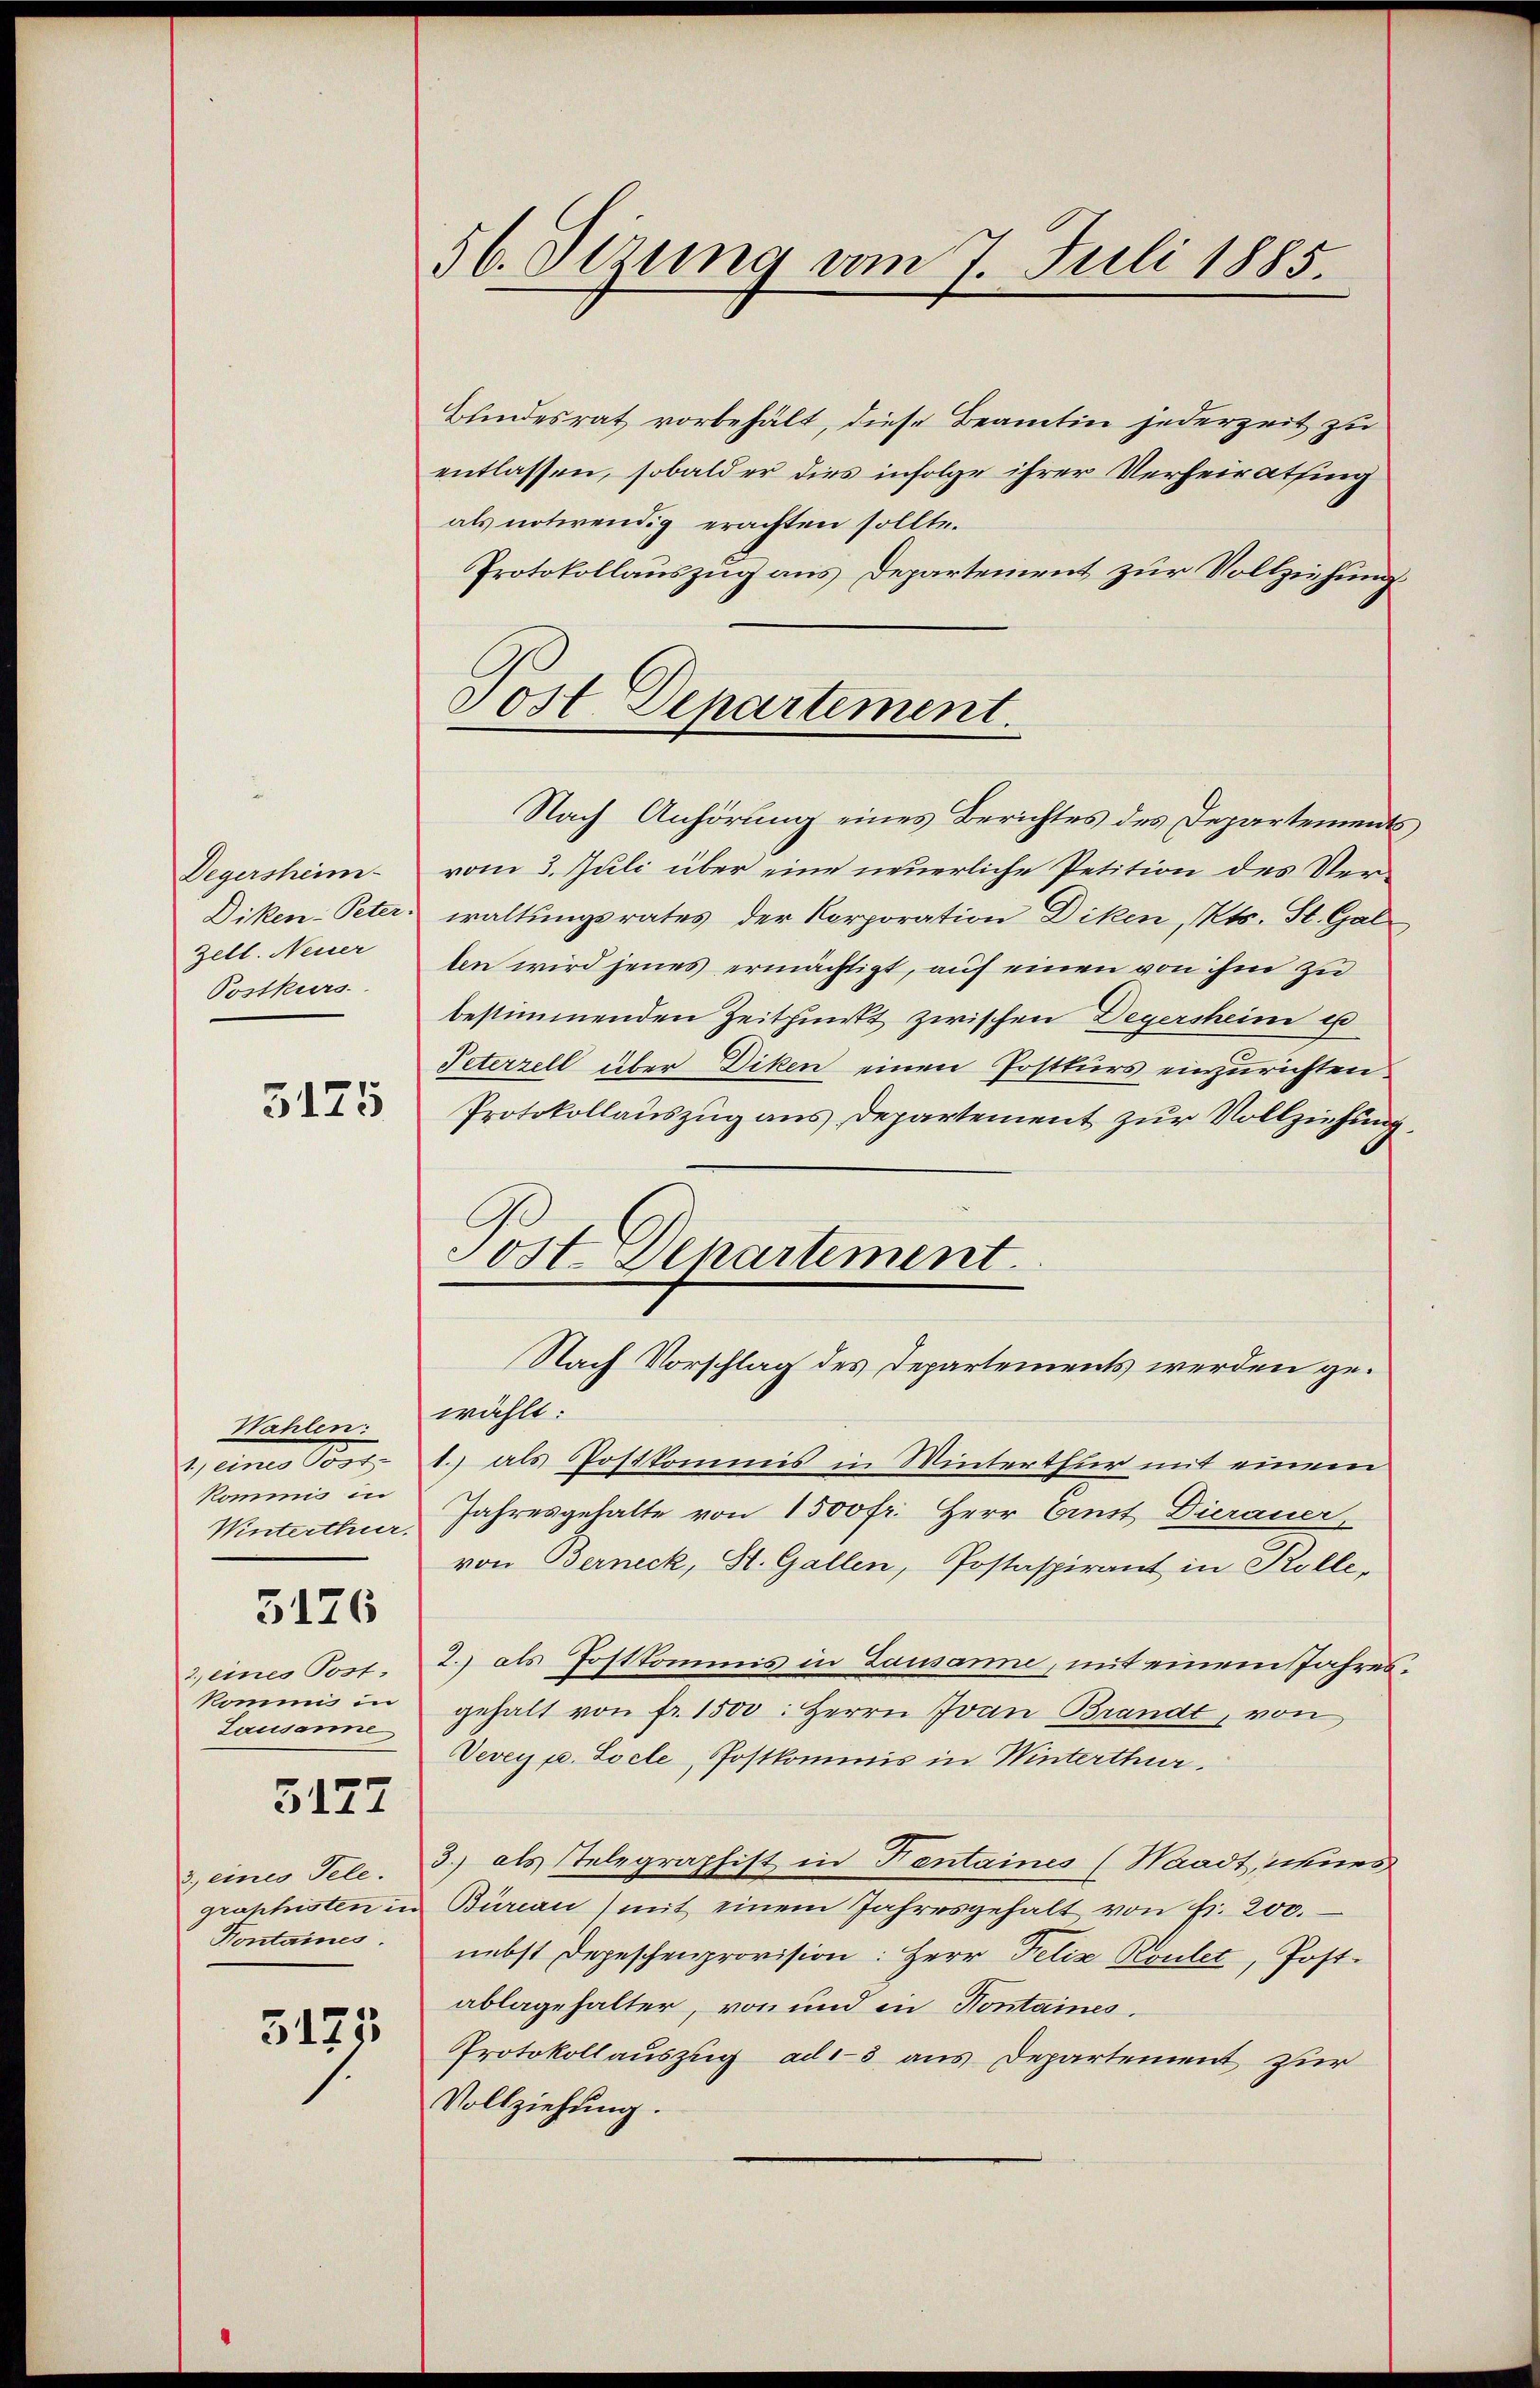
Degersheim
Diken-Peter.
Zell. Neuer
Postkurs

5175

Wahlen:
G. eines Ort
kommis in
Winterthur.

5126

2 eines Tost.
kommis in
Lausanne

5127

3, eines Tele.
graphisten in
Kontaines.

5175

56. Dezung vom 7. Juli 1885.

Bundesrat vorbehält, diese Beamten jederzeit zu
entlassen, sobald er dies infolge ihrer Verheiratsing
als notwendig erachten sollte.
Protokollauszug aus Departement zur Vollziehung
Nach Anhörung eines Berichtes des Departements
vom 3. Juli über eine neuerliche Petition des Verwaltungsrates der Korporation Diken, Kts. St. Gal
ten wird jenes ermächtigt, auf einen von ihm zu
bestimmenden Zeitpunkt zwischen Degersheim u
Peterzell über Diken einen Postkurs einzurichten.
Protokollauszug aus Departement zur Vollziehung
wählt:
1.) als Postkommis in Winterthur mit einem
Jahresgehalte von 1500 fr. Herr Erst Dierauer,
von Berneck, St. Gallen, Postaspirant in Kolle,
2.) als Postkommnis in Lausanne, mit einem Jahres
gehalt von fr. 1500: Herrn Ivan Brandt, von
Vevey p. Pocle, Postkommis in Winterthur.
3.) als Telegraphist in Tentaines (Waadt, neues
Bureau mit einem Jahresgehalt von fr. 200.
nebst Depeschenprovision: Herr Felix Roulet, Post.
ablagehalter, von und in Kontaines.
Protokoll auszug ad 3 aus Departement zur
Vollziehung.

Post Departement.

Post Departement
Nach Vorschlag des Departements werden ge¬